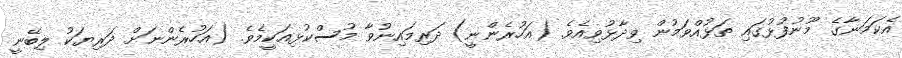
އެކަމަނާގެ މޫނުފުޅުގައި ތަޅުއްވަމުން ވިދާޅުވިއެވެ. (އަހުރެންނީ) ދަރިމައިނުވާ މުސްކުޅިއަކީމެވެ. (އަހުރެންނަށް ދަރިޔަކު ލިބޭނީ